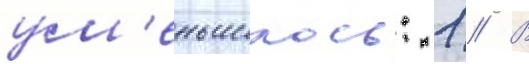
ум'еньшилось: 1 // В